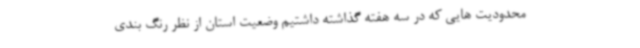
محدودیت هایی که در سه هفته گذاشته داشتیم وضعیت استان از نظر رنگ بندی